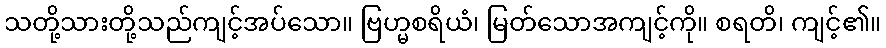
သတို့သားတို့သည်ကျင့်အပ်သော။ ဗြဟ္မစရိယံ၊ မြတ်သောအကျင့်ကို။ စရတိ၊ ကျင့်၏။